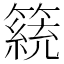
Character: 𥴗